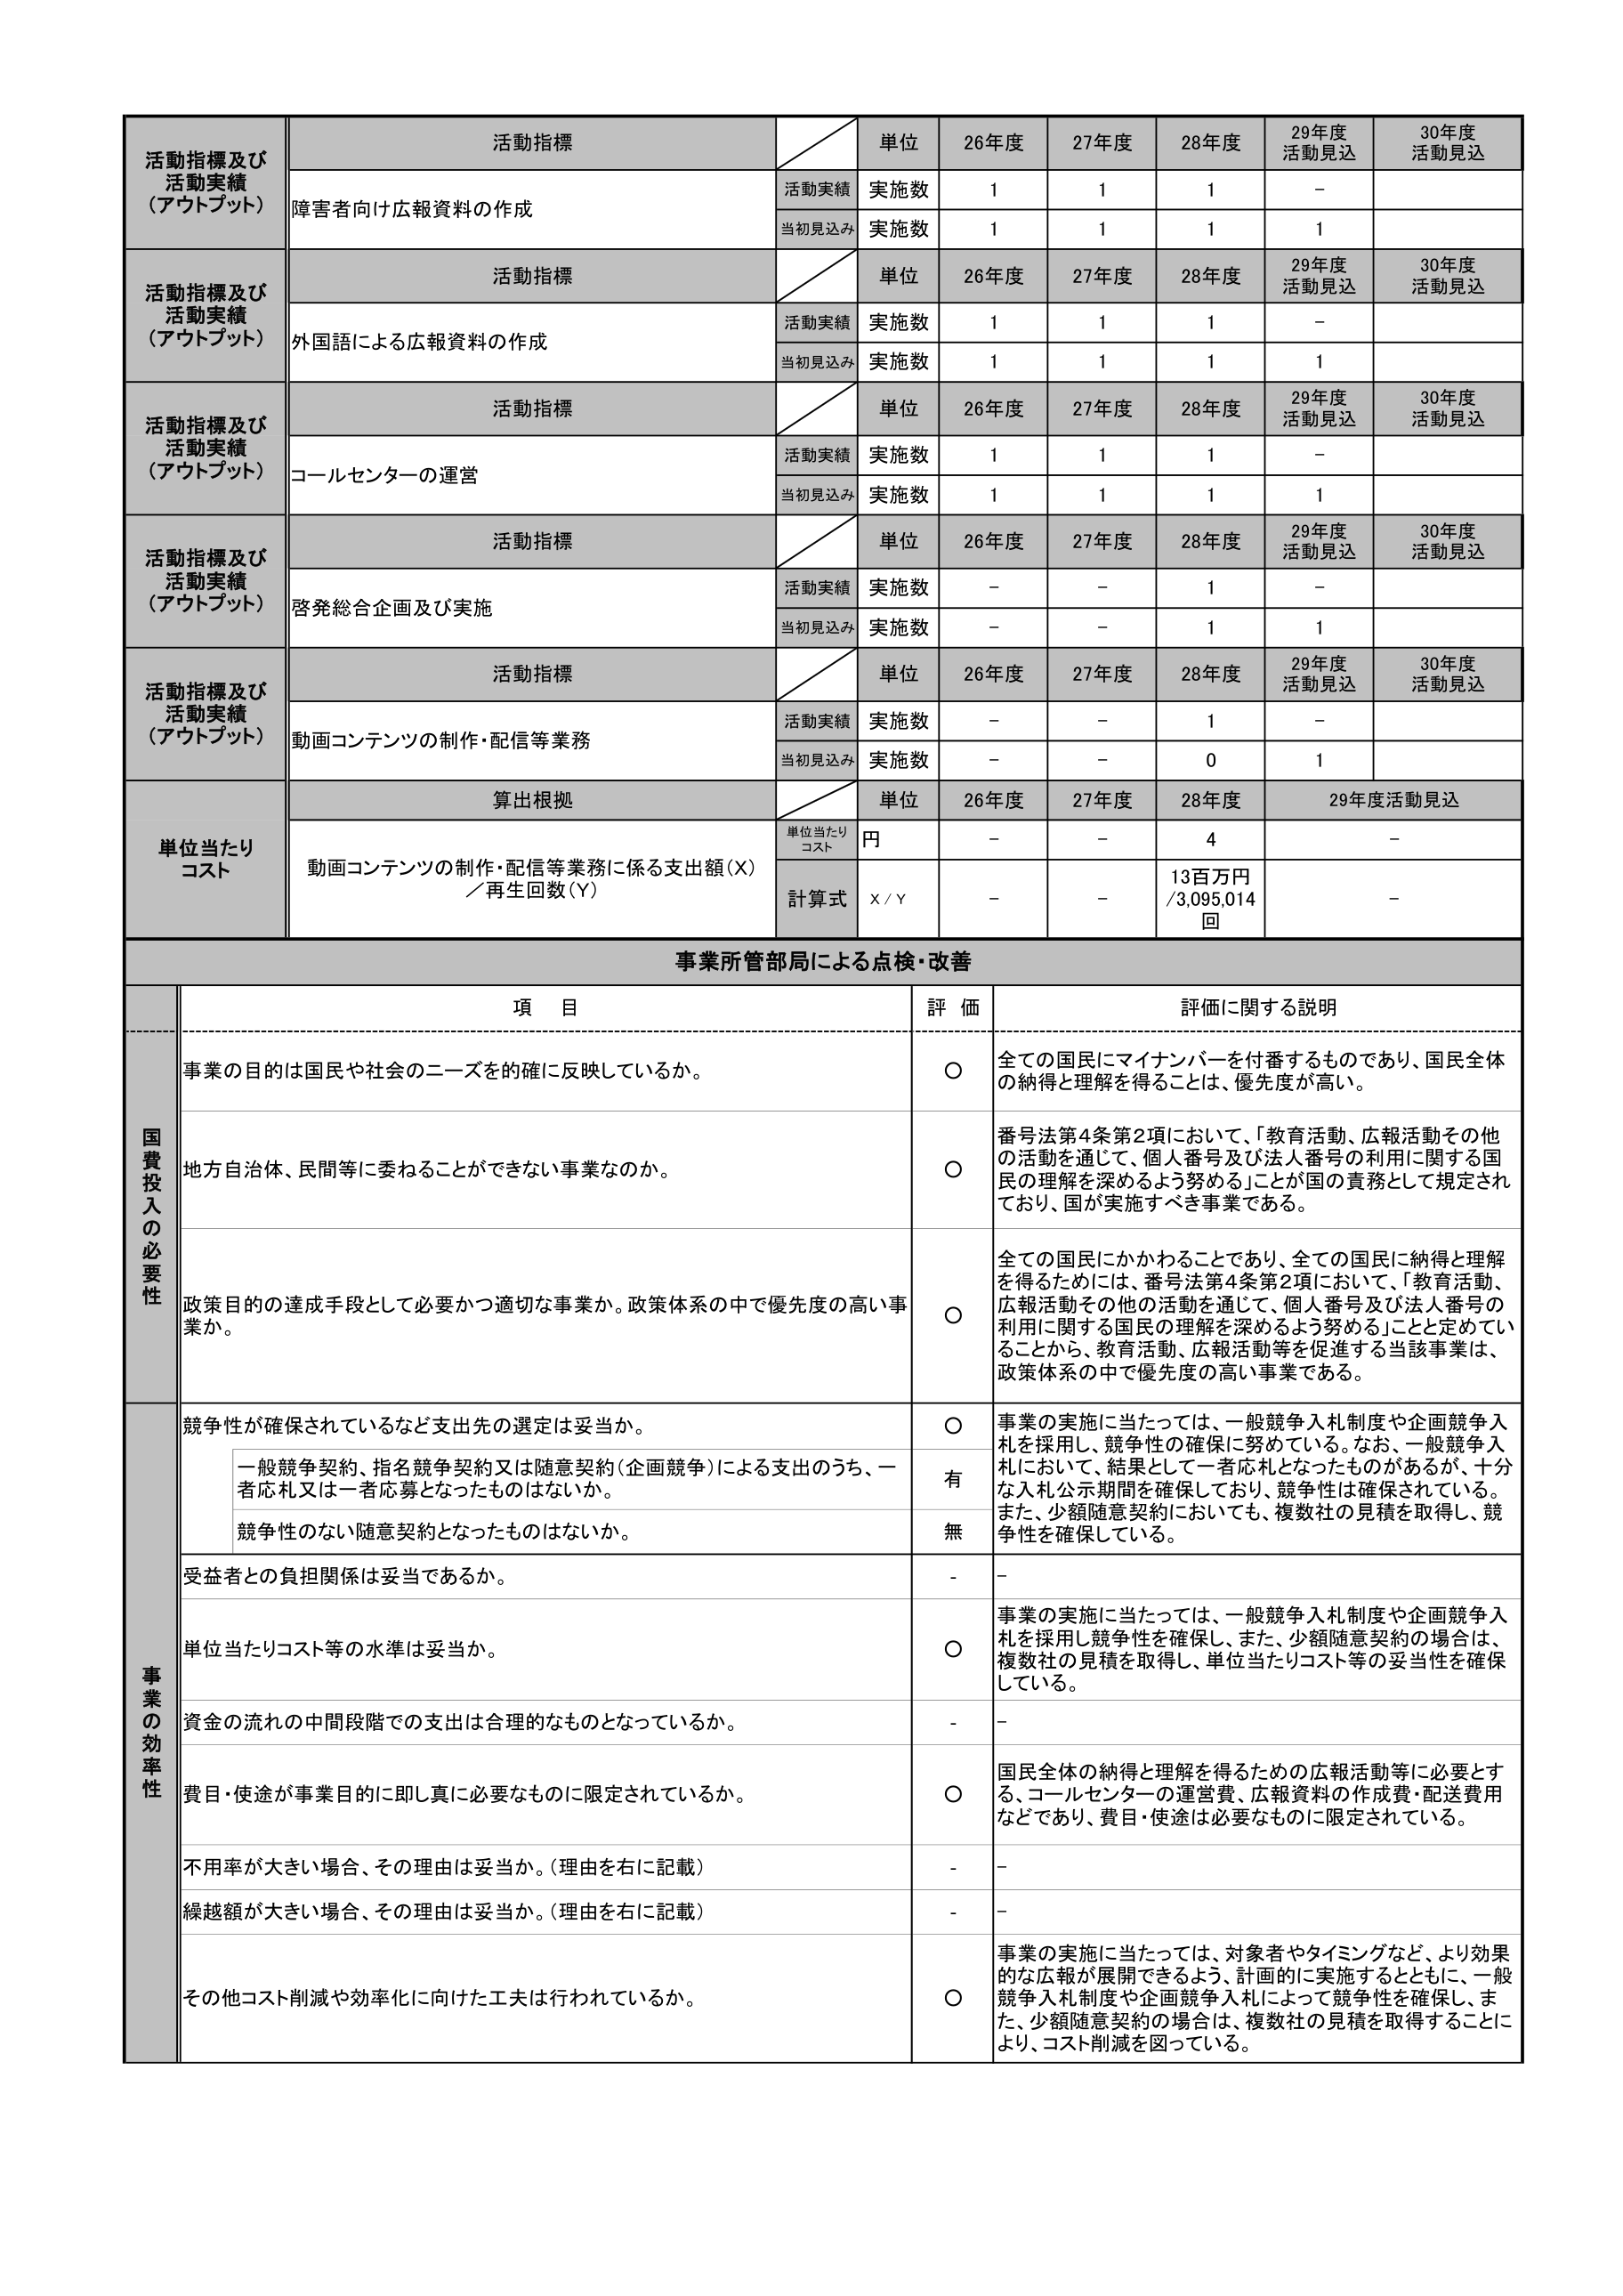
活動指標及び
活動実績
（アウトプット）
活動指標
単位
26年度
27年度
28年度
29年度
活動見込
30年度
活動見込
障害者向け広報資料の作成
活動実績
実施数
1
1
1
-
当初見込み
実施数
1
1
1
1
活動指標及び
活動実績
（アウトプット）
活動指標
単位
26年度
27年度
28年度
29年度
活動見込
30年度
活動見込
外国語による広報資料の作成
活動実績
実施数
1
1
1
-
当初見込み
実施数
1
1
1
1
活動指標及び
活動実績
（アウトプット）
活動指標
単位
26年度
27年度
28年度
29年度
活動見込
30年度
活動見込
コールセンターの運営
活動実績
実施数
1
1
1
-
当初見込み
実施数
1
1
1
1
活動指標及び
活動実績
（アウトプット）
活動指標
単位
26年度
27年度
28年度
29年度
活動見込
30年度
活動見込
啓発総合企画及び実施
活動実績
実施数
-
-
1
-
当初見込み
実施数
-
-
1
1
活動指標及び
活動実績
（アウトプット）
活動指標
単位
26年度
27年度
28年度
29年度
活動見込
30年度
活動見込
動画コンテンツの制作・配信等業務
活動実績
実施数
-
-
1
-
当初見込み
実施数
-
-
0
1
単位当たり
コスト
算出根拠
単位
26年度
27年度
28年度
29年度活動見込
動画コンテンツの制作・配信等業務に係る支出額（X）
／再生回数（Y）
単位当たり
コスト
円
-
-
4
-
計算式
X / Y
-
-
13百万円
/3,095,014
回
-
事業所管部局による点検・改善
項 目
評 価
評価に関する説明
国費投入の必要性
事業の目的は国民や社会のニーズを的確に反映しているか。
〇
全ての国民にマイナンバーを付番するものであり、国民全体の納得と理解を得ることは、優先度が高い。
地方自治体、民間等に委ねることができない事業なのか。
〇
番号法第4条第2項において、「教育活動、広報活動その他 の活動を通じて、個人番号及び法人番号の利用に関する国民の理解を深めるよう努める」ことが国の責務として規定されており、国が実施すべき事業である。
政策目的の達成手段として必要かつ適切な事業か。政策体系の中で優先度の高い事業か。
〇
全ての国民にかかわることであり、全ての国民に納得と理解を得るためには、番号法第4条第2項において、「教育活動、広報活動その他の活動を通じて、個人番号及び法人番号の利用に関する国民の理解を深めるよう努める」ことと定めていることから、教育活動、広報活動等を促進する当該事業は、政策体系の中で優先度の高い事業である。
事業の効率性
競争性が確保されているなど支出先の選定は妥当か。
〇
事業の実施に当たっては、一般競争入札制度や企画競争入札を採用し、競争性の確保に努めている。なお、一般競争入札において、結果として一者応札となったものがあるが、十分な入札公示期間を確保しており、競争性は確保されている。また、少額随意契約においても、複数社の見積を取得し、競争性を確保している。
一般競争契約、指名競争契約又は随意契約（企画競争）による支出のうち、一者応札又は一者応募となったものはないか。
有
競争性のない随意契約となったものはないか。
無
受益者との負担関係は妥当であるか。
-
-
単位当たりコスト等の水準は妥当か。
〇
事業の実施に当たっては、一般競争入札制度や企画競争入札を採用し競争性を確保し、また、少額随意契約の場合は、複数社の見積を取得し、単位当たりコスト等の妥当性を確保している。
資金の流れの中間段階での支出は合理的なものとなっているか。
-
-
費目・使途が事業目的に即し真に必要なものに限定されているか。
〇
国民全体の納得と理解を得るための広報活動等に必要とする、コールセンターの運営費、広報資料の作成費・配送費用などであり、費目・使途は必要なものに限定されている。
不用率が大きい場合、その理由は妥当か。（理由を右に記載）
-
-
繰越額が大きい場合、その理由は妥当か。（理由を右に記載）
-
-
その他コスト削減や効率化に向けた工夫は行われているか。
〇
事業の実施に当たっては、対象者やタイミングなど、より効果的な広報が展開できるよう、計画的に実施するとともに、一般競争入札制度や企画競争入札によって競争性を確保し、また、少額随意契約の場合は、複数社の見積を取得することにより、コスト削減を図っている。